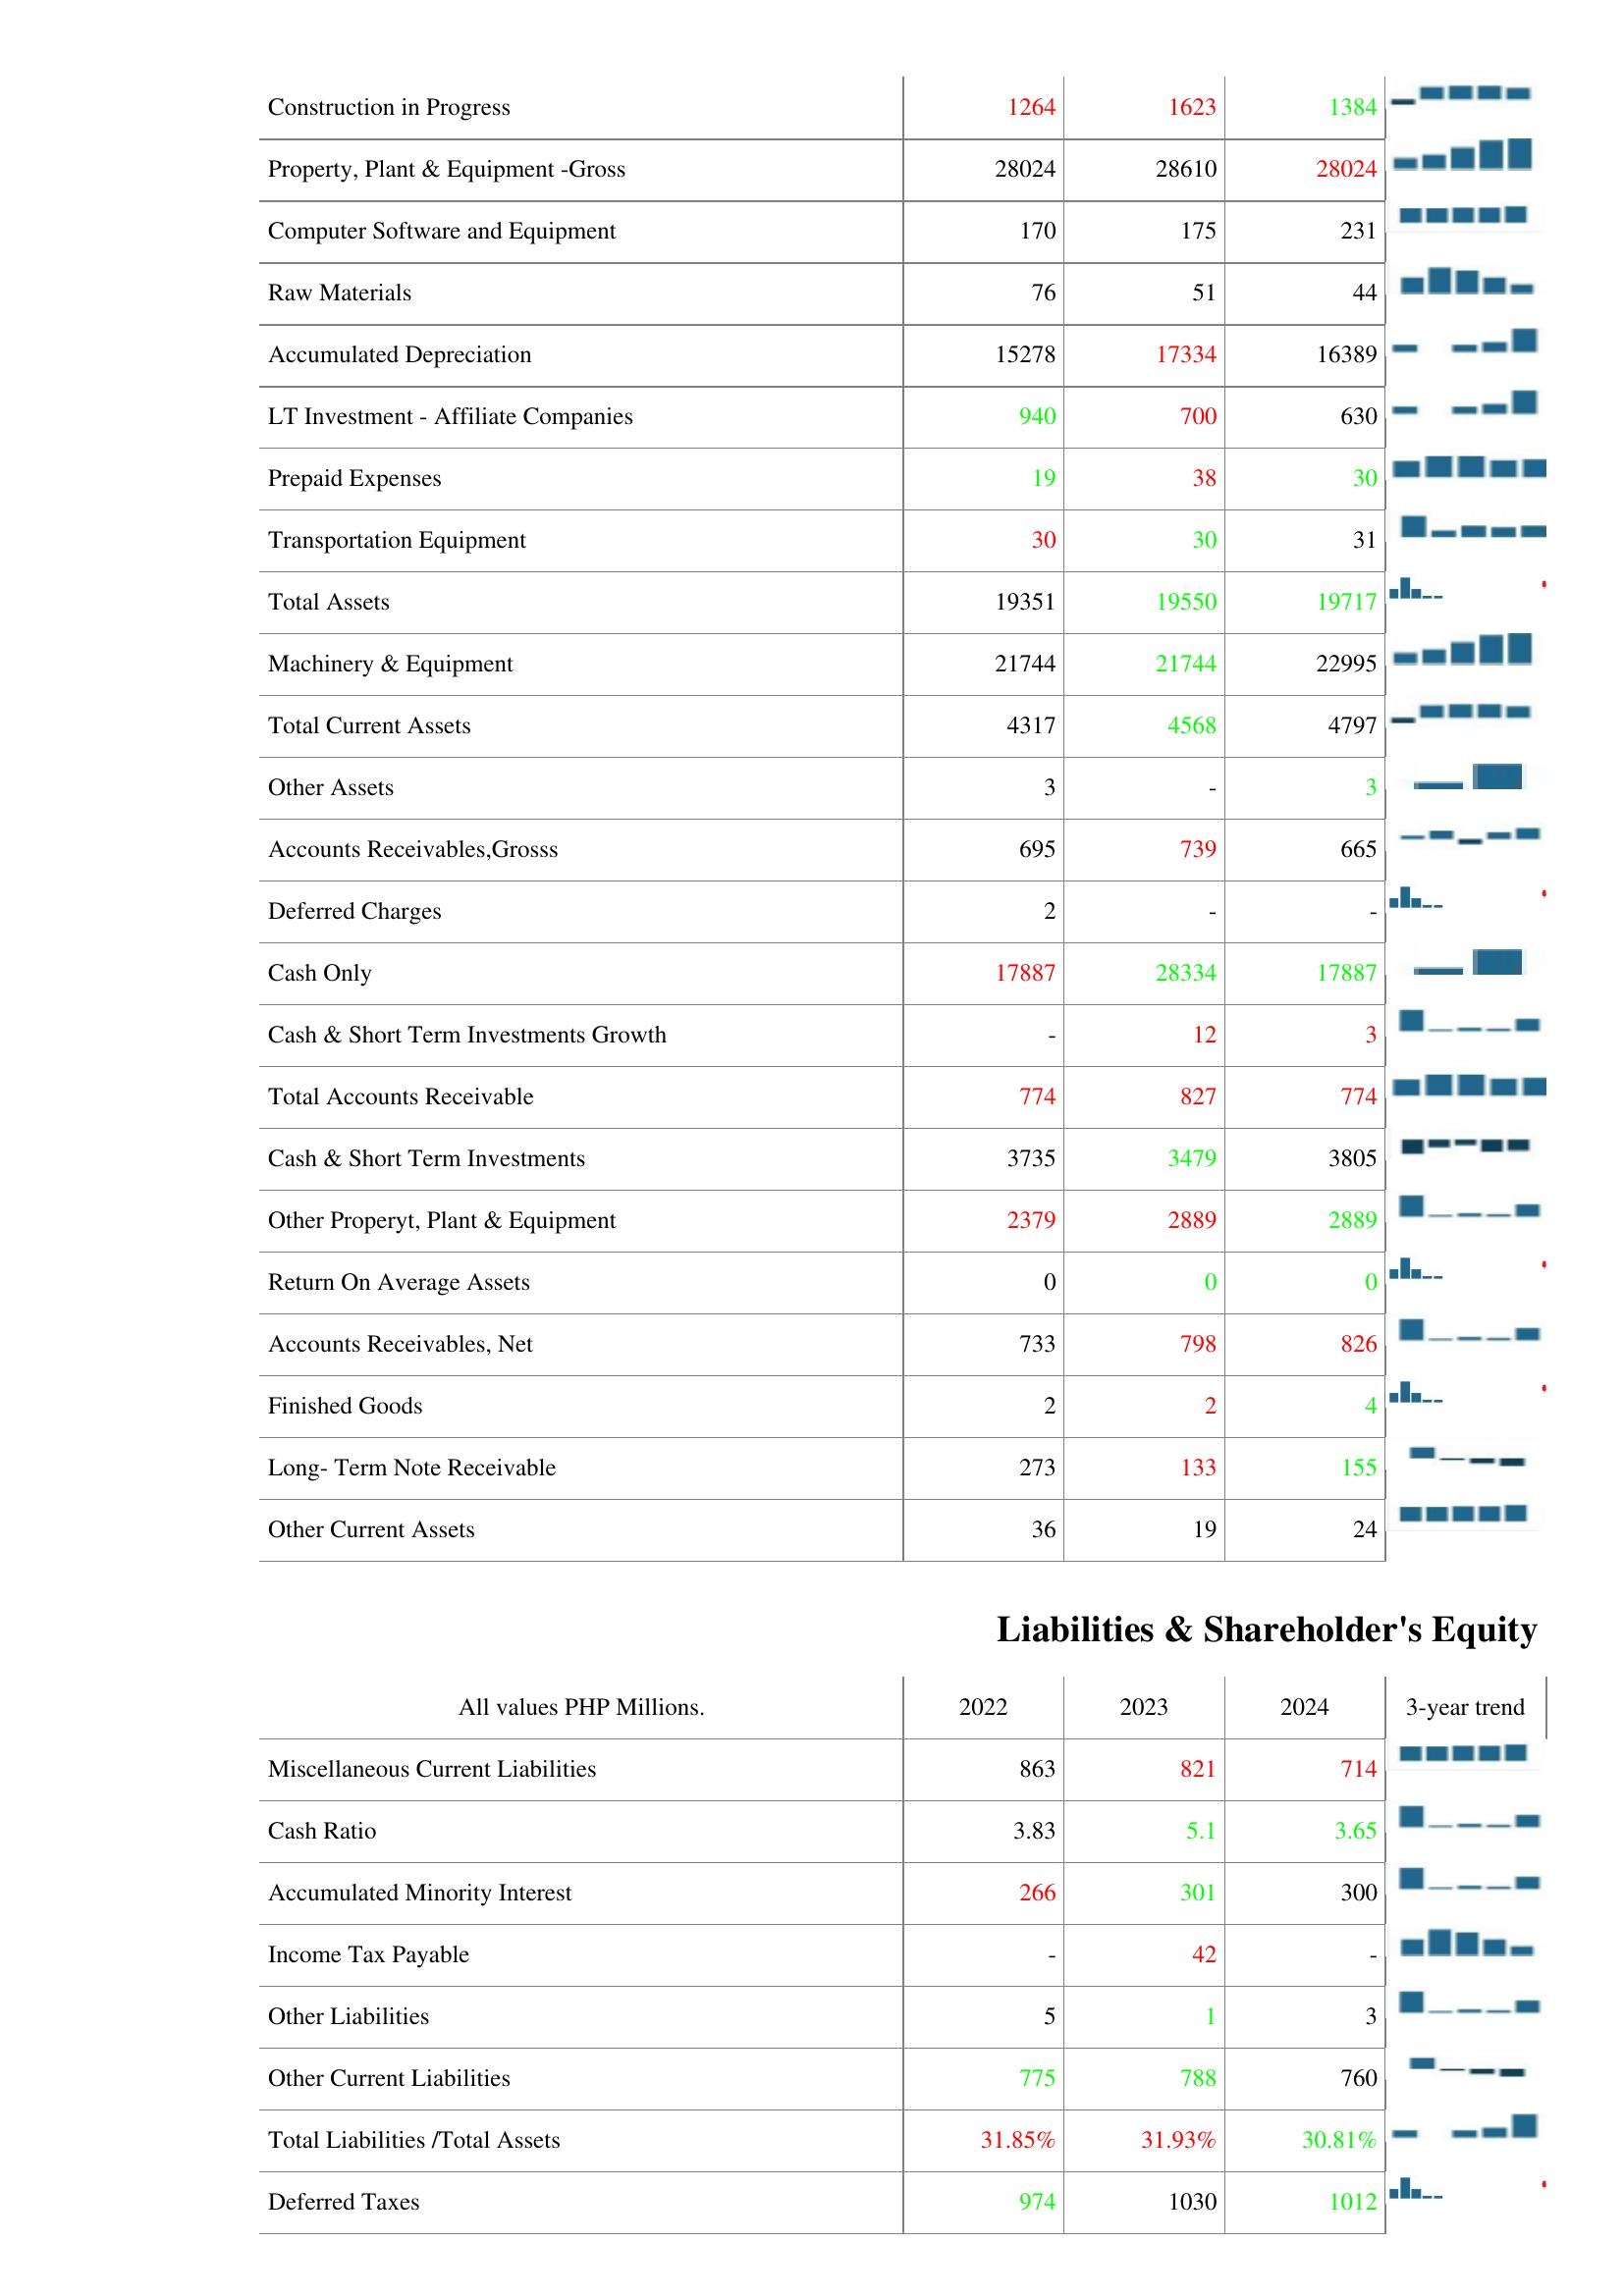
2022: Assets: Construction in Progress: 1264
Property, Plant & Equipment -Gross: 28024
Computer Software and Equipment: 170
Raw Materials: 76
Accumulated Depreciation: 15278
LT Investment - Affiliate Companies: 940
Prepaid Expenses: 19
Transportation Equipment: 30
Total Assets: 19351
Machinery & Equipment: 21744
Total Current Assets: 4317
Other Assets: 3
Accounts Receivables,Grosss: 695
Deferred Charges: 2
Cash Only: 17887
Cash & Short Term Investments Growth: -
Total Accounts Receivable: 774
Cash & Short Term Investments: 3735
Other Properyt, Plant & Equipment: 2379
Return On Average Assets: 0
Accounts Receivables, Net: 733
Finished Goods: 2
Long- Term Note Receivable: 273
Other Current Assets: 36
Liabilities & Shareholder's Equity: Miscellaneous Current Liabilities: 863
Cash Ratio: 3.83
Accumulated Minority Interest: 266
Income Tax Payable: -
Other Liabilities: 5
Other Current Liabilities: 775
Total Liabilities /Total Assets: 31.85%
Deferred Taxes: 974
2023: Assets: Construction in Progress: 1623
Property, Plant & Equipment -Gross: 28610
Computer Software and Equipment: 175
Raw Materials: 51
Accumulated Depreciation: 17334
LT Investment - Affiliate Companies: 700
Prepaid Expenses: 38
Transportation Equipment: 30
Total Assets: 19550
Machinery & Equipment: 21744
Total Current Assets: 4568
Other Assets: -
Accounts Receivables,Grosss: 739
Deferred Charges: -
Cash Only: 28334
Cash & Short Term Investments Growth: 12
Total Accounts Receivable: 827
Cash & Short Term Investments: 3479
Other Properyt, Plant & Equipment: 2889
Return On Average Assets: 0
Accounts Receivables, Net: 798
Finished Goods: 2
Long- Term Note Receivable: 133
Other Current Assets: 19
Liabilities & Shareholder's Equity: Miscellaneous Current Liabilities: 821
Cash Ratio: 5.1
Accumulated Minority Interest: 301
Income Tax Payable: 42
Other Liabilities: 1
Other Current Liabilities: 788
Total Liabilities /Total Assets: 31.93%
Deferred Taxes: 1030
2024: Assets: Construction in Progress: 1384
Property, Plant & Equipment -Gross: 28024
Computer Software and Equipment: 231
Raw Materials: 44
Accumulated Depreciation: 16389
LT Investment - Affiliate Companies: 630
Prepaid Expenses: 30
Transportation Equipment: 31
Total Assets: 19717
Machinery & Equipment: 22995
Total Current Assets: 4797
Other Assets: 3
Accounts Receivables,Grosss: 665
Deferred Charges: -
Cash Only: 17887
Cash & Short Term Investments Growth: 3
Total Accounts Receivable: 774
Cash & Short Term Investments: 3805
Other Properyt, Plant & Equipment: 2889
Return On Average Assets: 0
Accounts Receivables, Net: 826
Finished Goods: 4
Long- Term Note Receivable: 155
Other Current Assets: 24
Liabilities & Shareholder's Equity: Miscellaneous Current Liabilities: 714
Cash Ratio: 3.65
Accumulated Minority Interest: 300
Income Tax Payable: -
Other Liabilities: 3
Other Current Liabilities: 760
Total Liabilities /Total Assets: 30.81%
Deferred Taxes: 1012